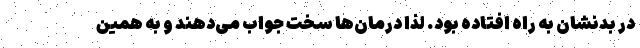
در بدنشان به راه افتاده بود. لذا درمان‌ها سخت جواب می‌دهند و به همین